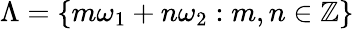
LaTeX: \Lambda=\{ m\omega_{1}+n\omega_{2}:m,n\in\mathbb{Z}\}